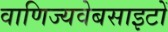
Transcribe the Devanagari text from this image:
वाणिज्यवेबसाइटों